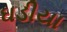
ઘડીયા